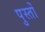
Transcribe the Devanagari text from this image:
पुस्तों